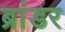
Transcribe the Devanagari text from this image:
ब्रांडर